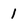
Character: 1